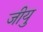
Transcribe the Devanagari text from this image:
जीयु